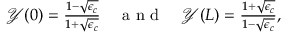
\begin{array} { r } { \mathcal { Y } ( 0 ) = \frac { 1 - \sqrt { \epsilon _ { c } } } { 1 + \sqrt { \epsilon _ { c } } } \quad \mathrm { ~ a ~ n ~ d ~ } \quad \mathcal { Y } ( L ) = \frac { 1 + \sqrt { \epsilon _ { c } } } { 1 - \sqrt { \epsilon _ { c } } } , } \end{array}